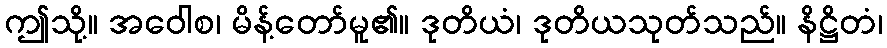
ဤသို့။ အဝေါစ၊ မိန့်တော်မူ၏။ ဒုတိယံ၊ ဒုတိယသုတ်သည်။ နိဋ္ဌိတံ၊